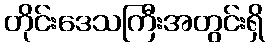
တိုင်းဒေသကြီးအတွင်းရှိ